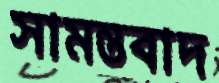
সামন্তবাদ